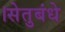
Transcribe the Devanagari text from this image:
।सेतुबंधे